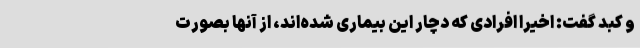
و کبد گفت: اخیرا افرادی که دچار این بیماری شده‌اند، از آنها بصورت